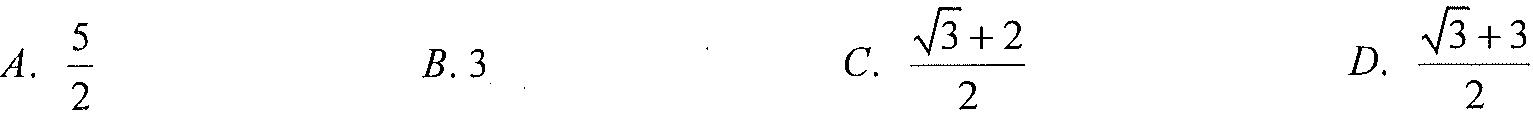
A. \(\dfrac{5}{2}\)  B. \(3\)  C. \(\dfrac{\sqrt{3}+2}{2}\)  D. \(\dfrac{\sqrt{3}+3}{2}\)